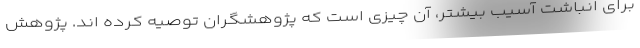
برای انباشت آسیب بیشتر، آن چیزی است که پژوهشگران توصیه کرده اند. پژوهش